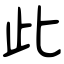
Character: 此